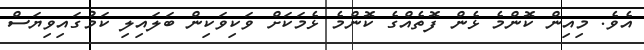
އެވެ. މިއިން ކޮންމެ ޅެން ފޮތެއްގެ ކޮންމެ ޅެމަކަށް ވަކިވަކިން ބަލައިލި ކަމުގައިވިޔަސް